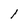
Character: l